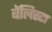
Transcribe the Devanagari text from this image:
बॅलिस्टा